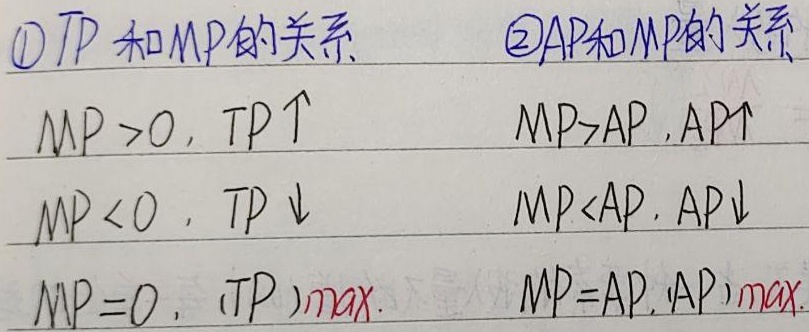
\textcircled{1} \(TP\)和\(MP\)的关系 \quad \textcircled{2}\(AP\)和\(MP\)的关系
\[
\begin{matrix}
MP > 0, & TP\uparrow \\
MP < 0, & TP\downarrow \\
MP = 0, & (TP)_{max}
\end{matrix}\quad
\begin{matrix}
MP>AP, & AP\uparrow \\
MP<AP, & AP\downarrow \\
MP = AP, & (AP)_{max}
\end{matrix}
\]